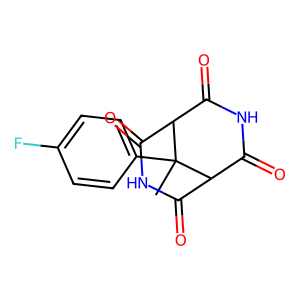
SMILES: CC1(c2ccc(F)cc2)C2C(=O)NC(=O)C1C(=O)NC2=O
Inhibits HIV replication: No